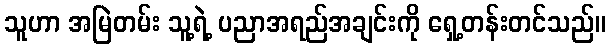
သူဟာ အမြဲတမ်း သူ့ရဲ့ ပညာအရည်အချင်းကို ရှေ့တန်းတင်သည်။